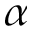
\alpha